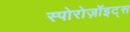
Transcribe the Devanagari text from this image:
स्पोरोज़ॉइट्स